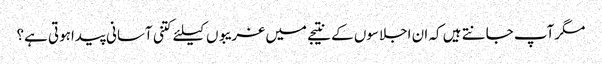
مگرآپ جانتے ہیں کہ ان اجلاسوں کے نتیجے میں غریبوں کیلئے کتنی آسانی پیداہوتی ہے؟